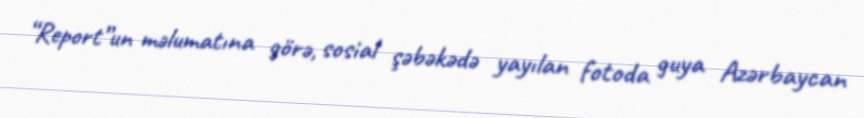
“Report”un məlumatına görə, sosial şəbəkədə yayılan fotoda guya Azərbaycan